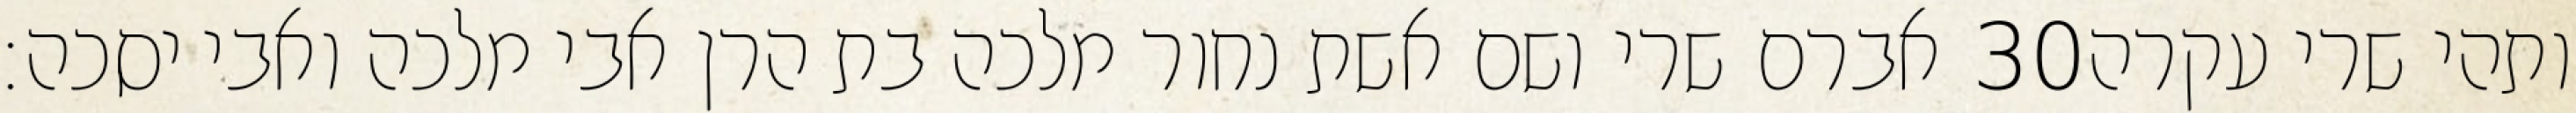
אברם שרי ושם אשת נחור מלכה בת הרן אבי מלכה ואבי יסכה׃ ‎30‏ ותהי שרי עקרה